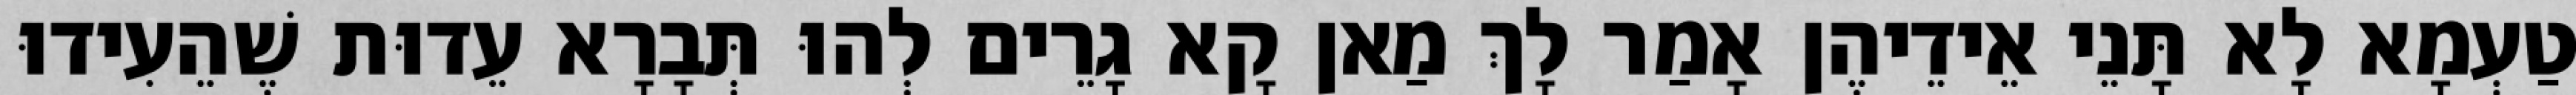
טַעְמָא לָא תָּנֵי אֵידֵיהֶן אָמַר לָךְ מַאן קָא גָרֵים לְהוּ תְּבָרָא עֵדוּת שֶׁהֵעִידוּ